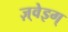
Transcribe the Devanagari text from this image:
ज़्वेइग्